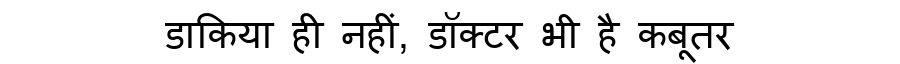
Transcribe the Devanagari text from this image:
डाकिया ही नहीं, डॉक्टर भी है कबूतर